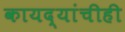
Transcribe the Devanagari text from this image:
कायद्यांचीही